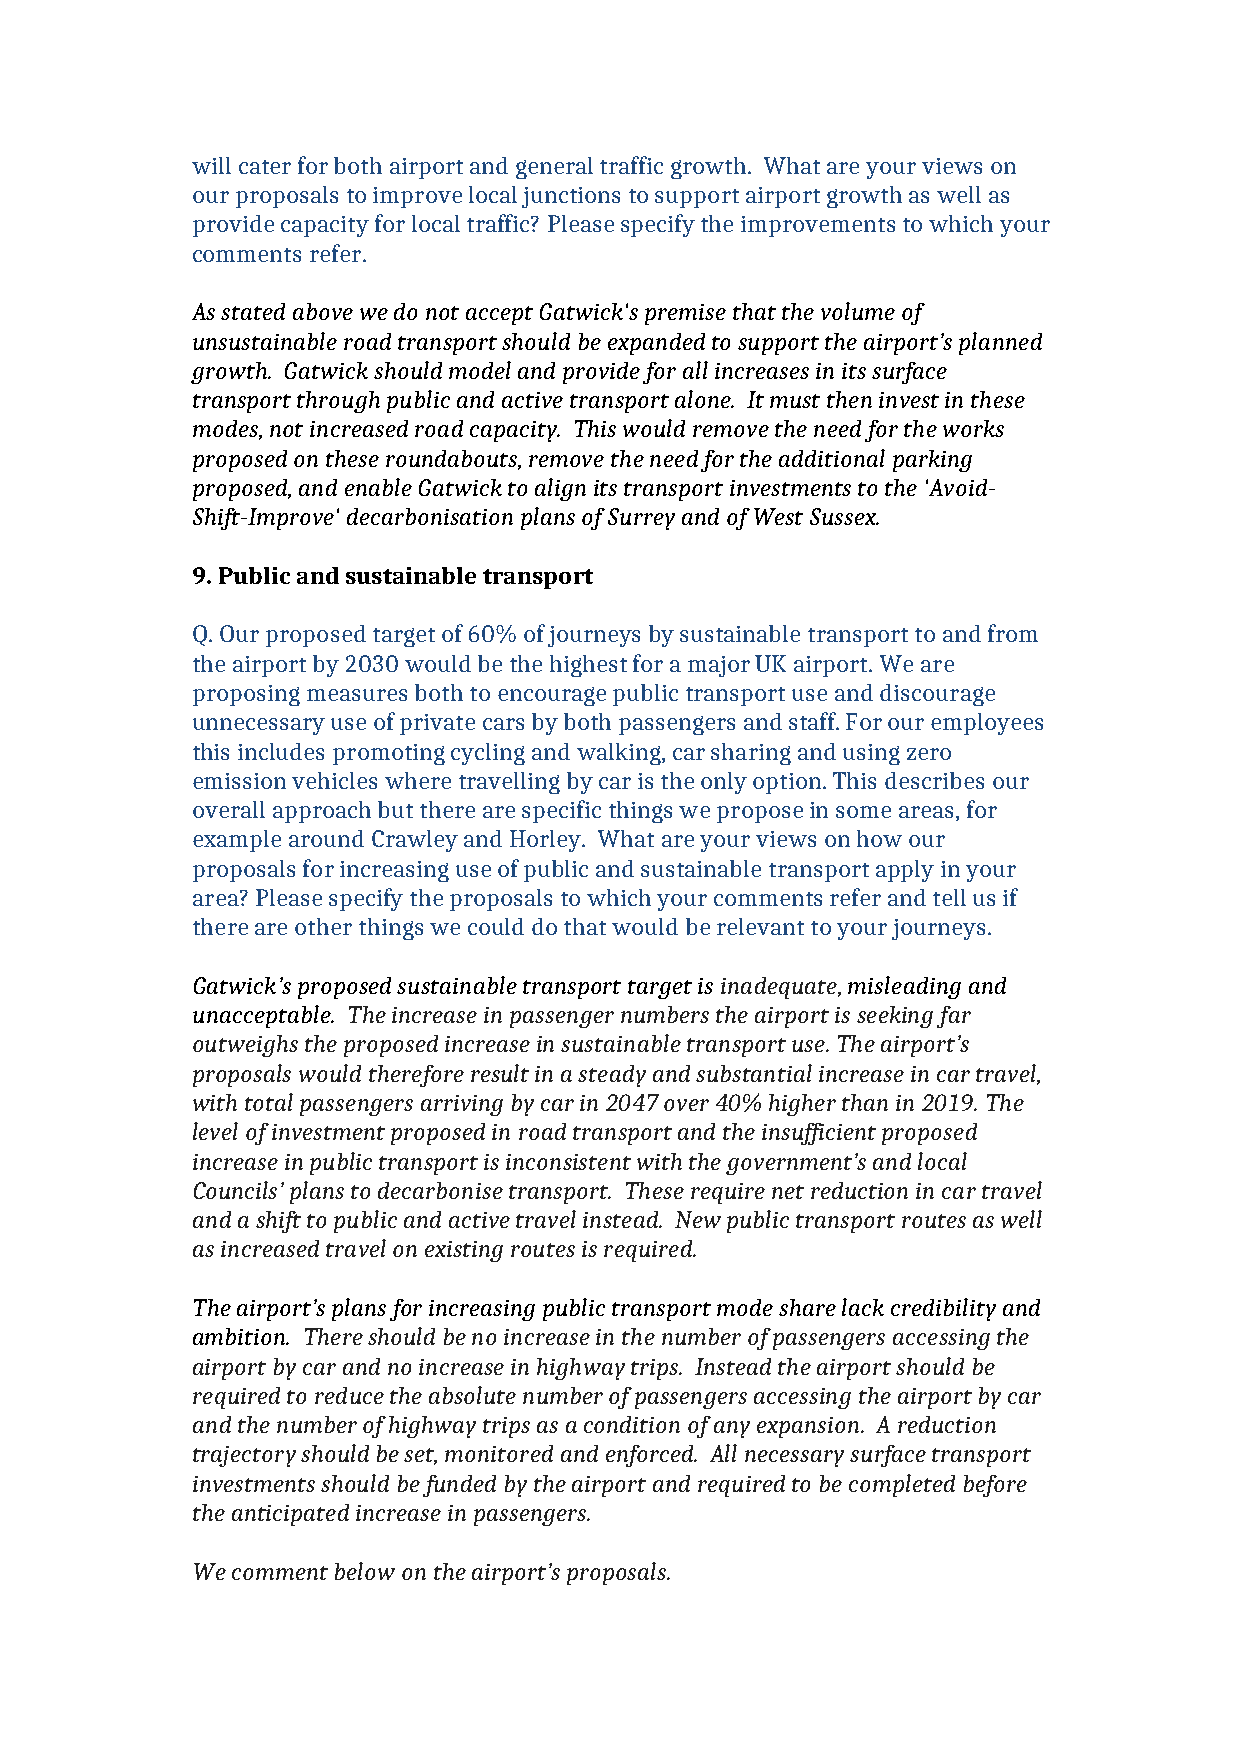
will cater for both airport and general traffic growth. What are your views on
 our proposals to improve local junctions to support airport growth as well as
 provide capacity for local traffic? Please specify the improvements to which your
 comments refer.
 As stated above we do not accept Gatwick's premise that the volume of
 unsustainable road transport should be expanded to support the airport’s planned
 growth. Gatwick should model and provide for all increases in its surface
 transport through public and active transport alone. It must then invest in these
 modes, not increased road capacity. This would remove the need for the works
 proposed on these roundabouts, remove the need for the additional parking
 proposed, and enable Gatwick to align its transport investments to the 'Avoid-
 Shift-Improve' decarbonisation plans of Surrey and of West Sussex.
 9. Public and sustainable transport
 Q. Our proposed target of 60% of journeys by sustainable transport to and from
 the airport by 2030 would be the highest for a major UK airport. We are
 proposing measures both to encourage public transport use and discourage
 unnecessary use of private cars by both passengers and staff. For our employees
 this includes promoting cycling and walking, car sharing and using zero
 emission vehicles where travelling by car is the only option. This describes our
 overall approach but there are specific things we propose in some areas, for
 example around Crawley and Horley. What are your views on how our
 proposals for increasing use of public and sustainable transport apply in your
 area? Please specify the proposals to which your comments refer and tell us if
 there are other things we could do that would be relevant to your journeys.
 Gatwick’s proposed sustainable transport target is inadequate, misleading and
 unacceptable. The increase in passenger numbers the airport is seeking far
 outweighs the proposed increase in sustainable transport use. The airport’s
 proposals would therefore result in a steady and substantial increase in car travel,
 with total passengers arriving by car in 2047 over 40% higher than in 2019. The
 level of investment proposed in road transport and the insufficient proposed
 increase in public transport is inconsistent with the government’s and local
 Councils’ plans to decarbonise transport. These require net reduction in car travel
 and a shift to public and active travel instead. New public transport routes as well
 as increased travel on existing routes is required.
 The airport’s plans for increasing public transport mode share lack credibility and
 ambition. There should be no increase in the number of passengers accessing the
 airport by car and no increase in highway trips. Instead the airport should be
 required to reduce the absolute number of passengers accessing the airport by car
 and the number of highway trips as a condition of any expansion. A reduction
 trajectory should be set, monitored and enforced. All necessary surface transport
 investments should be funded by the airport and required to be completed before
 the anticipated increase in passengers.
 We comment below on the airport’s proposals.